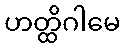
ဟတ္ထိဂါမေ